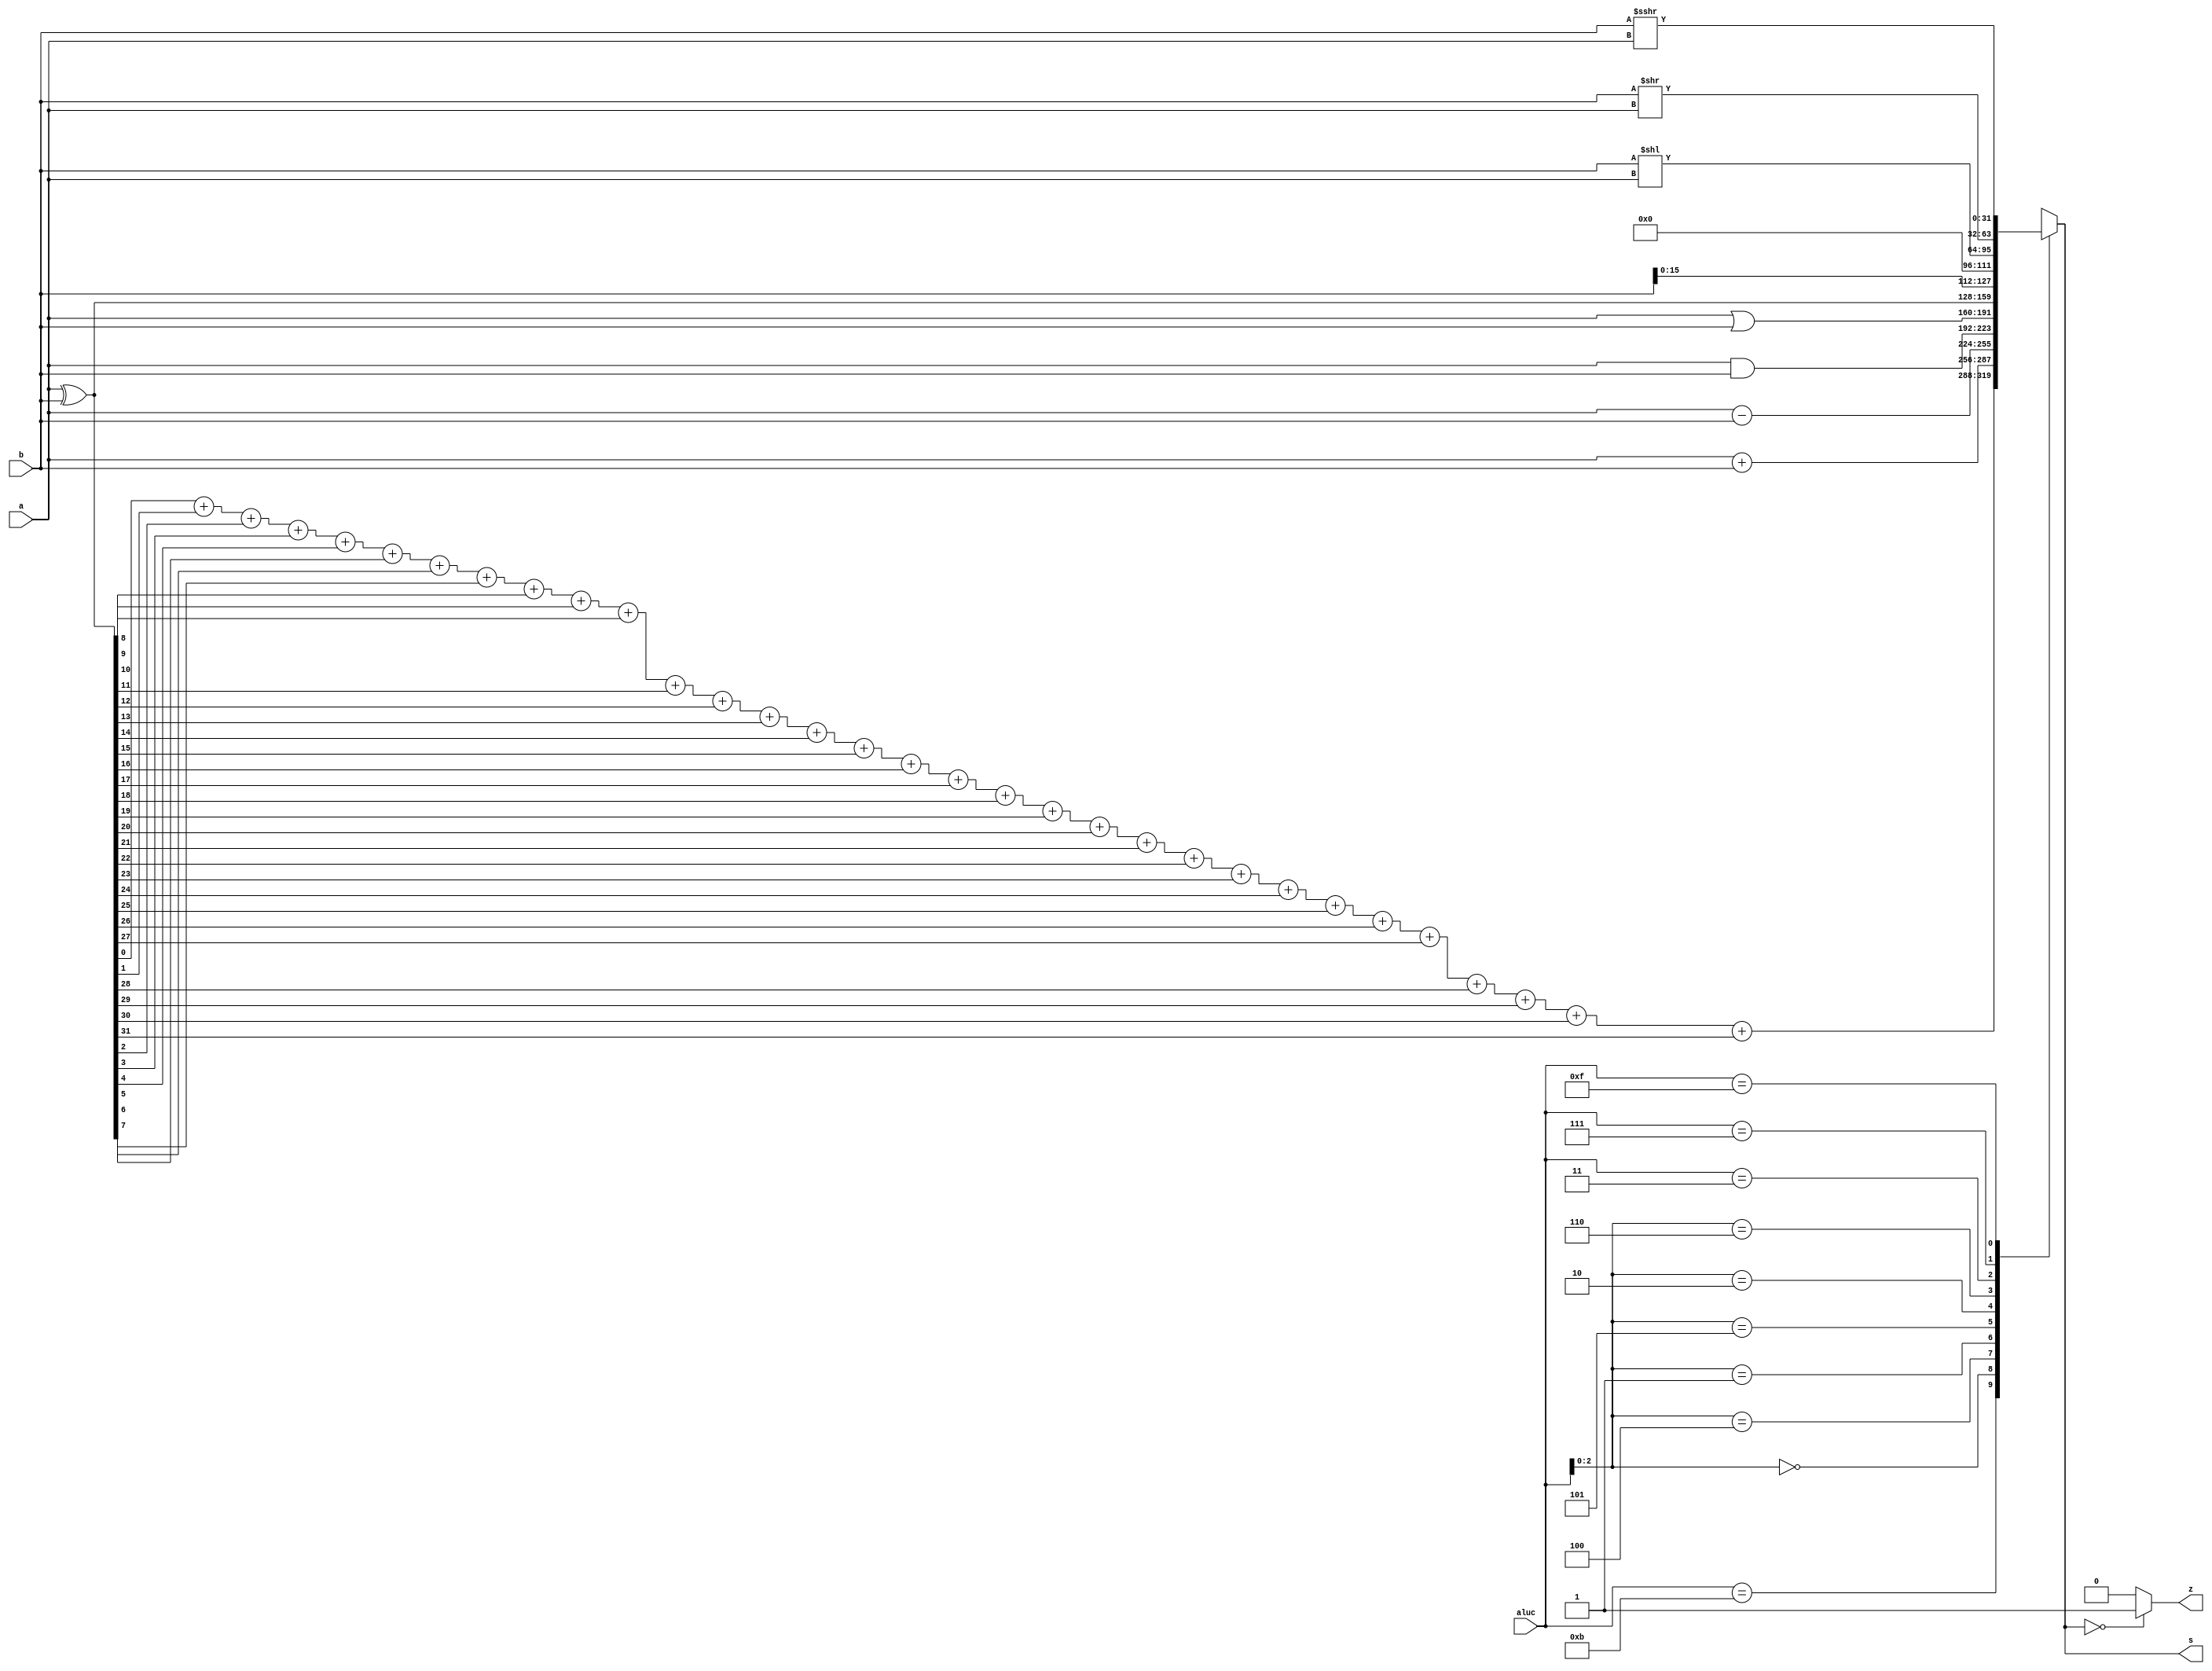
module alu (a,b,aluc,s,z);
    input  [31:0]  a, b;
    input  [3:0]   aluc;
    output [31:0]  s;
    output         z;

    reg    [31:0]  s;
    reg            z;
    reg    [31:0]  t;

    always @ (a or b or aluc) 
        begin                                    // event
            casex (aluc)
                4'b1011:                         // hamming code
                    begin
                        t = a ^ b;
                        s =  t[0]  + t[1]  + t[2]  + t[3]  + 
                             t[4]  + t[5]  + t[6]  + t[7]  + 
                             t[8]  + t[9]  + t[10] + t[11] + 
                             t[12] + t[13] + t[14] + t[15] + 
                             t[16] + t[17] + t[18] + t[19] + 
                             t[20] + t[21] + t[22] + t[23] + 
                             t[24] + t[25] + t[26] + t[27] +
                             t[28] + t[29] + t[30] + t[31];
                    end

                4'bx000: s = a + b;              //x000 ADD
                // ** FILLED IN - START **
                4'bx100: s = a - b;              //x100 SUB
                4'bx001: s = a & b;              //x001 AND
                4'bx101: s = a | b;              //x101 OR
                4'bx010: s = a ^ b;              //x010 XOR
                4'bx110: s = b << 16;            //x110 LUI: imm << 16bit             
                4'b0011: s = b << a;             //0011 SLL: rd <- (rt << sa)
                4'b0111: s = b >> a;             //0111 SRL: rd <- (rt >> sa) (logical)
                // ** FILLED IN - END **
                4'b1111: s = $signed(b) >>> a;   //1111 SRA: rd <- (rt >> sa) (arithmetic)
                default: s = 0;
            endcase
            if (s == 0)  z = 1;
            else z = 0;
        end      
endmodule